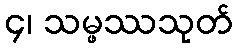
၄၊ သမ္ဖဿသုတ်